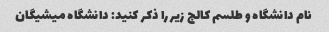
نام دانشگاه و طلسم کالج زیر را ذکر کنید: دانشگاه میشیگان